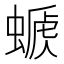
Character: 𧏕